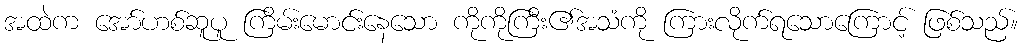
အထဲက အော်ဟစ်ဆူပူ ကြိမ်းမောင်းနေသော ကိုကိုကြီး၏အသံကို ကြားလိုက်ရသောကြောင့် ဖြစ်သည်။